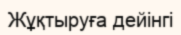
Жұқтыруға дейінгі